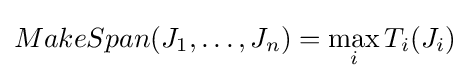
MakeSpan(J_{1},\dots ,J_{n})=\max _{i}{T_{i}(J_{i})}